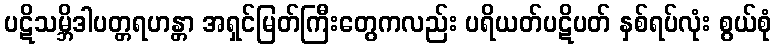
ပဋိသမ္ဘိဒါပတ္တရဟန္တာ အရှင်မြတ်ကြီးတွေကလည်း ပရိယတ်ပဋိပတ် နှစ်ရပ်လုံး စွယ်စုံ